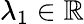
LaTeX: \lambda_{1}\in\mathbb{R}